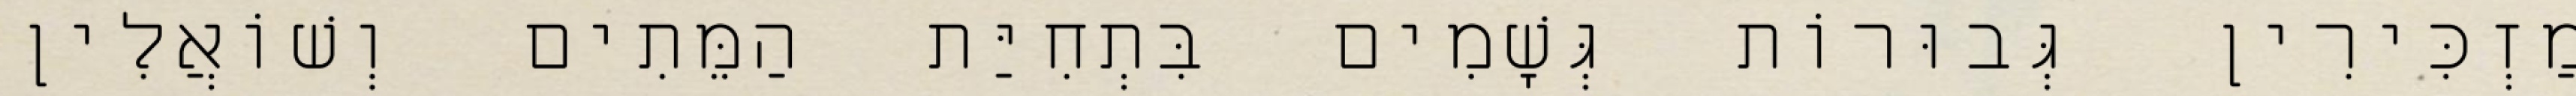
מַזְכִּירִין גְּבוּרוֹת גְּשָׁמִים בִּתְחִיַּת הַמֵּתִים וְשׁוֹאֲלִין